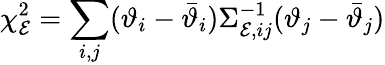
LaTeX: \chi_{\mathcal{E}}^{2}=\sum_{i,j}(\vartheta_{i}-\bar{\vartheta}_{i})\Sigma_{\mathcal{E},ij}^{-1}(\vartheta_{j}-\bar{\vartheta}_{j})